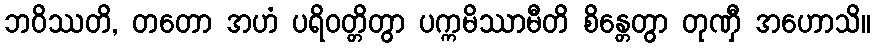
ဘဝိဿတိ, တတော အဟံ ပရိဝတ္တိတွာ ပက္ကမိဿာမီတိ စိန္တေတွာ တုဏှီ အဟောသိ။